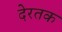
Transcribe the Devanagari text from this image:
देरतक